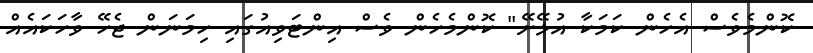
ކޮންމެވެސް އެހެން ކަމަކާ އުޅޭށޭ" ކޮންމެހެން ވެސް އިންޓަވިއުގައި ހިމަނަން ޖެހޭ ވާހަކައެއް